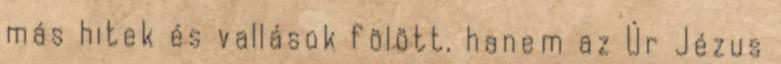
más hitek és vallások fölött, hanem az Úr Jézus